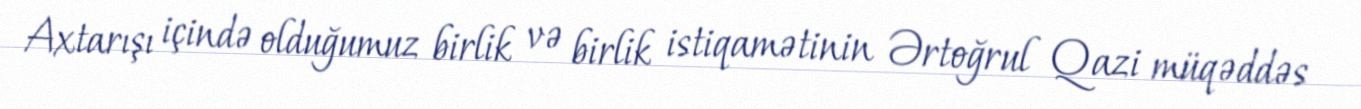
Axtarışı içində olduğumuz birlik və birlik istiqamətinin Ərtoğrul Qazi müqəddəs